Vaccine operations Central Provinces 1900-1911 - 1900-1911
Year: 1900
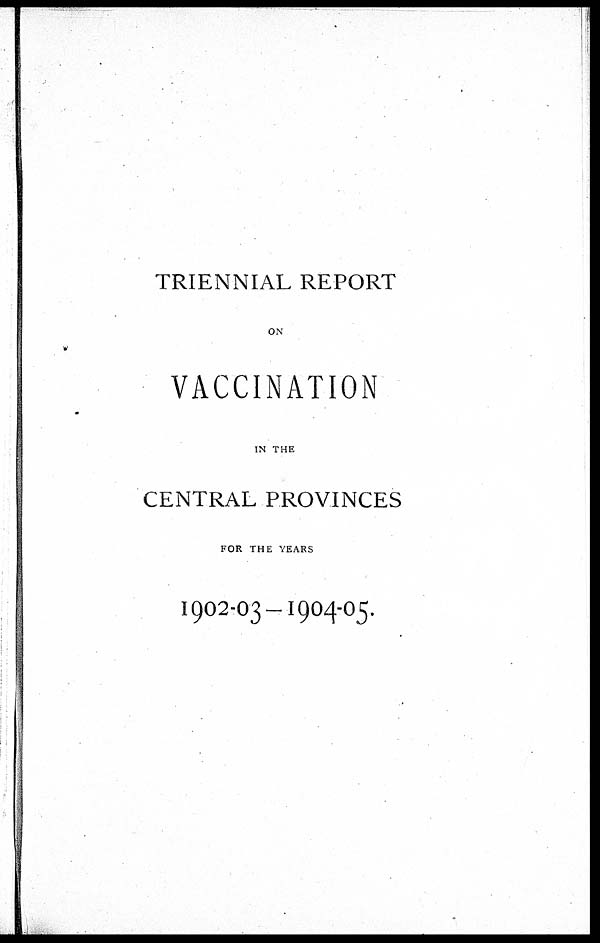
TRIENNIAL REPORT
ON
VACCINATION
IN THE
CENTRAL PROVINCES
FOR THE YEARS
1902-03—1904-05.